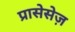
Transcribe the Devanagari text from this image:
प्रासेसेज़